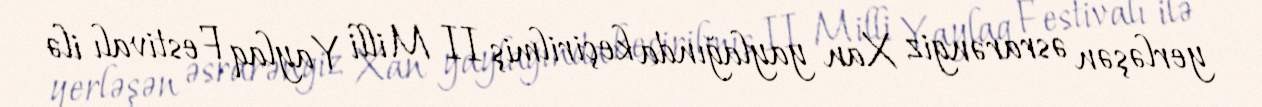
yerləşən əsrarəngiz Xan yaylağında keçirilmiş II Milli Yaylaq Festivalı ilə